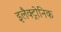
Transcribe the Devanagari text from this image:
इलैक्ट्रोनिक